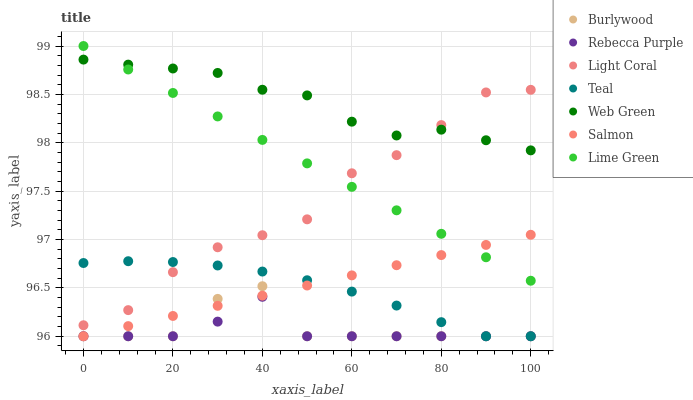
| xaxis_label | Burlywood | Rebecca Purple | Light Coral | Teal | Web Green | Salmon | Lime Green |
 | --- | --- | --- | --- | --- | --- | --- | --- |
 | 0 | 96 | 96 | 96.1 | 96.8 | 98.9 | 96 | 99 |
 | 10 | 96 | 96 | 96.3 | 96.8 | 98.8 | 96.1 | 98.8 |
 | 20 | 96 | 96 | 96.7 | 96.8 | 98.8 | 96.2 | 98.5 |
 | 30 | 96.4 | 96.2 | 96.9 | 96.7 | 98.7 | 96.3 | 98.3 |
 | 40 | 96.5 | 96.4 | 97 | 96.7 | 98.5 | 96.4 | 98 |
 | 50 | 96 | 96 | 97.2 | 96.6 | 98.5 | 96.5 | 97.8 |
 | 60 | 96 | 96 | 97.7 | 96.5 | 98.2 | 96.6 | 97.5 |
 | 70 | 96 | 96 | 97.9 | 96.3 | 98.1 | 96.7 | 97.3 |
 | 80 | 96 | 96 | 98.2 | 96.1 | 98.1 | 96.8 | 97.1 |
 | 90 | 96 | 96 | 98.5 | 96 | 98 | 96.9 | 96.8 |
 | 100 | 96 | 96 | 98.5 | 96 | 97.9 | 97 | 96.6 |